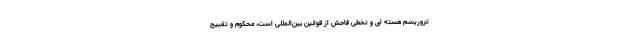
تروریسم هسته ای و تخطی فاحش از قوانین بین‌المللی است، محکوم و تقبیح